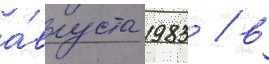
а́вгуста 1983 / в